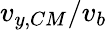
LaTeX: v_{y,CM}/v_{b}